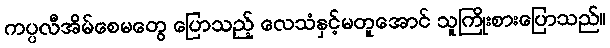
ကပ္ပလီအိမ်စေမတွေ ပြောသည့် လေသံနှင့်မတူအောင် သူကြိုးစားပြောသည်။